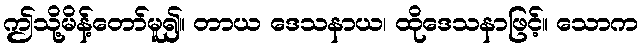
ဤသို့မိန့်တော်မူ၍။ တာယ ဒေသနာယ၊ ထိုဒေသနာဖြင့်။ သောက